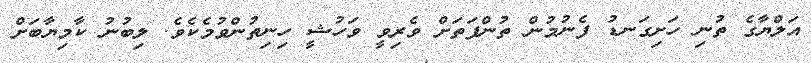
އަލްޔާގެ ތުނި ހަށިގަނޑު ފެނުމުން ތުންފަތަށް ވެރިވީ ވަހުޝީ ހިނިތުންވުމެކެވެ. ލިބުނު ކާމިޔާބަށް